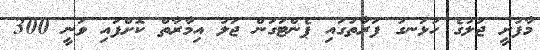
މާފުށީ ޖަލުގެ ހުޅަނގު ފަރާތުގައި ޕެންޓަގަން ޖަލު އިމާރާތް ކޮށްފައި ވަނީ 300